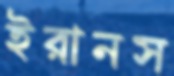
ইরানস